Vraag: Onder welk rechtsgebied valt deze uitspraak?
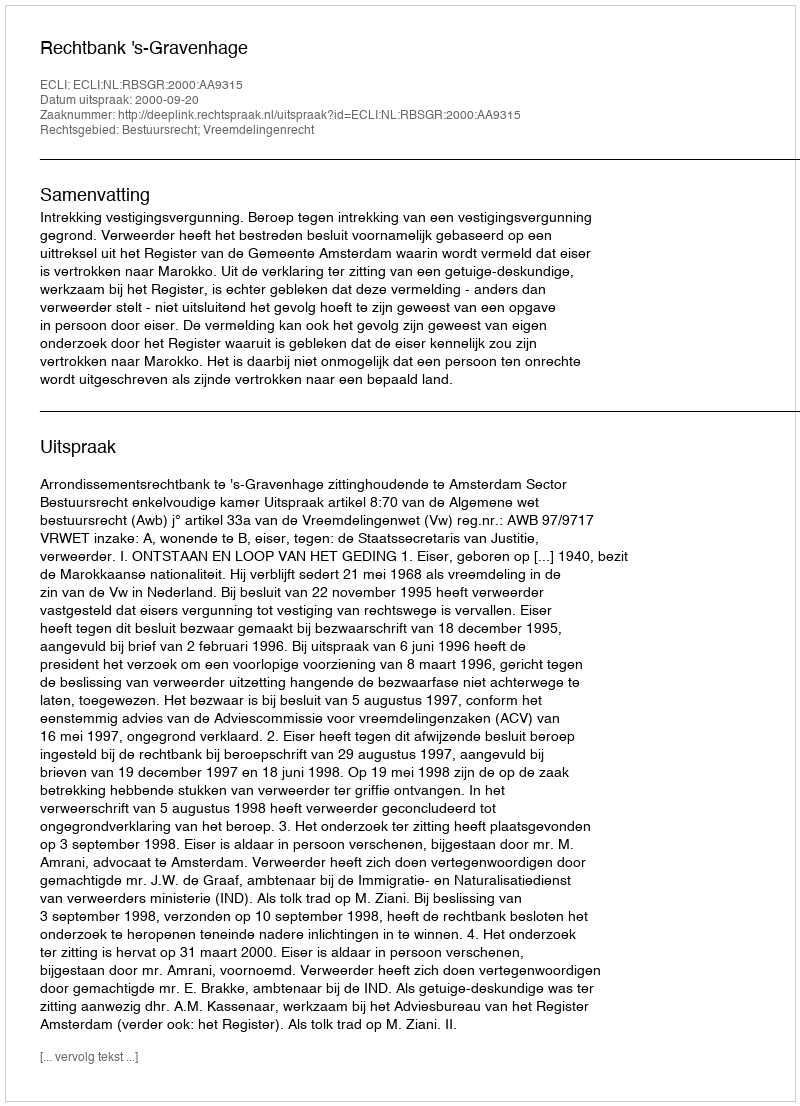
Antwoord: Bestuursrecht; Vreemdelingenrecht